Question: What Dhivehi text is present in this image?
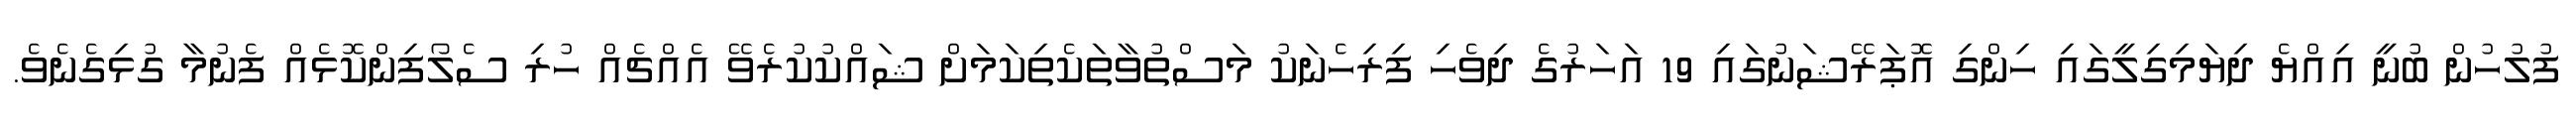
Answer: ފުލުހުން ބުނީ އިއްޔެ ދިޔަމިގިލީގައި ހިންގި އޮޕަރޭޝަނުގައި 19 އަހަރުގެ ދިވެހި ފިރިހެނަކު މަސްތުވާތަކެތިކަމަށް ޝައްކުކުރެވޭ އެއްޗެއް ހުރި ސެލޯފިންކޮޅެއް ފެނުމާ ގުޅިގެނެވެ.